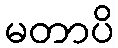
မတာပိ